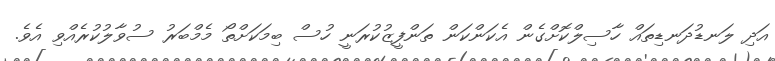
އަދި ލަނޑުދަނޑިތައް ހާސިލްކޮށްގެން އެކަންކަން ތަންފީޒުކުރަނީ ހުސް ބިމަކަށްތޯ މެމްބަރު ސުވާލުކުރެއްވި އެވެ.